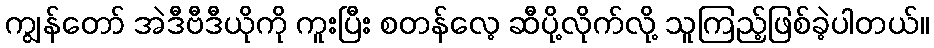
ကျွန်တော် အဲဒီဗီဒီယိုကို ကူးပြီး စတန်လေ့ ဆီပို့လိုက်လို့ သူကြည့်ဖြစ်ခဲ့ပါတယ်။